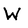
Character: W